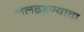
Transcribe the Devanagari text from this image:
ललद्रहण्याचा